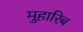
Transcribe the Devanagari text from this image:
मुहारिब